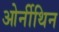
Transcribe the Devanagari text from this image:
ओर्नीथिन